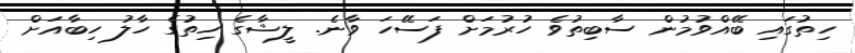
ހިތުގައި ބޭއްވުމުން ސާބިތުވެ ހުރުމަށް ފަސޭހަ ވާނެ. ލީޝާގެ ހިތުގެ ހާލު ހިބާއަށް